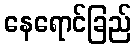
နေရောင်ခြည်